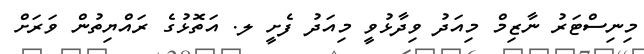
މިނިސްޓަރު ނާޒިމް މިއަދު ވިދާޅުވީ މިއަދު ފެށީ ލ. އަތޮޅުގެ ރައްޔިތުން ވަރަށް